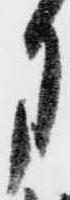
月